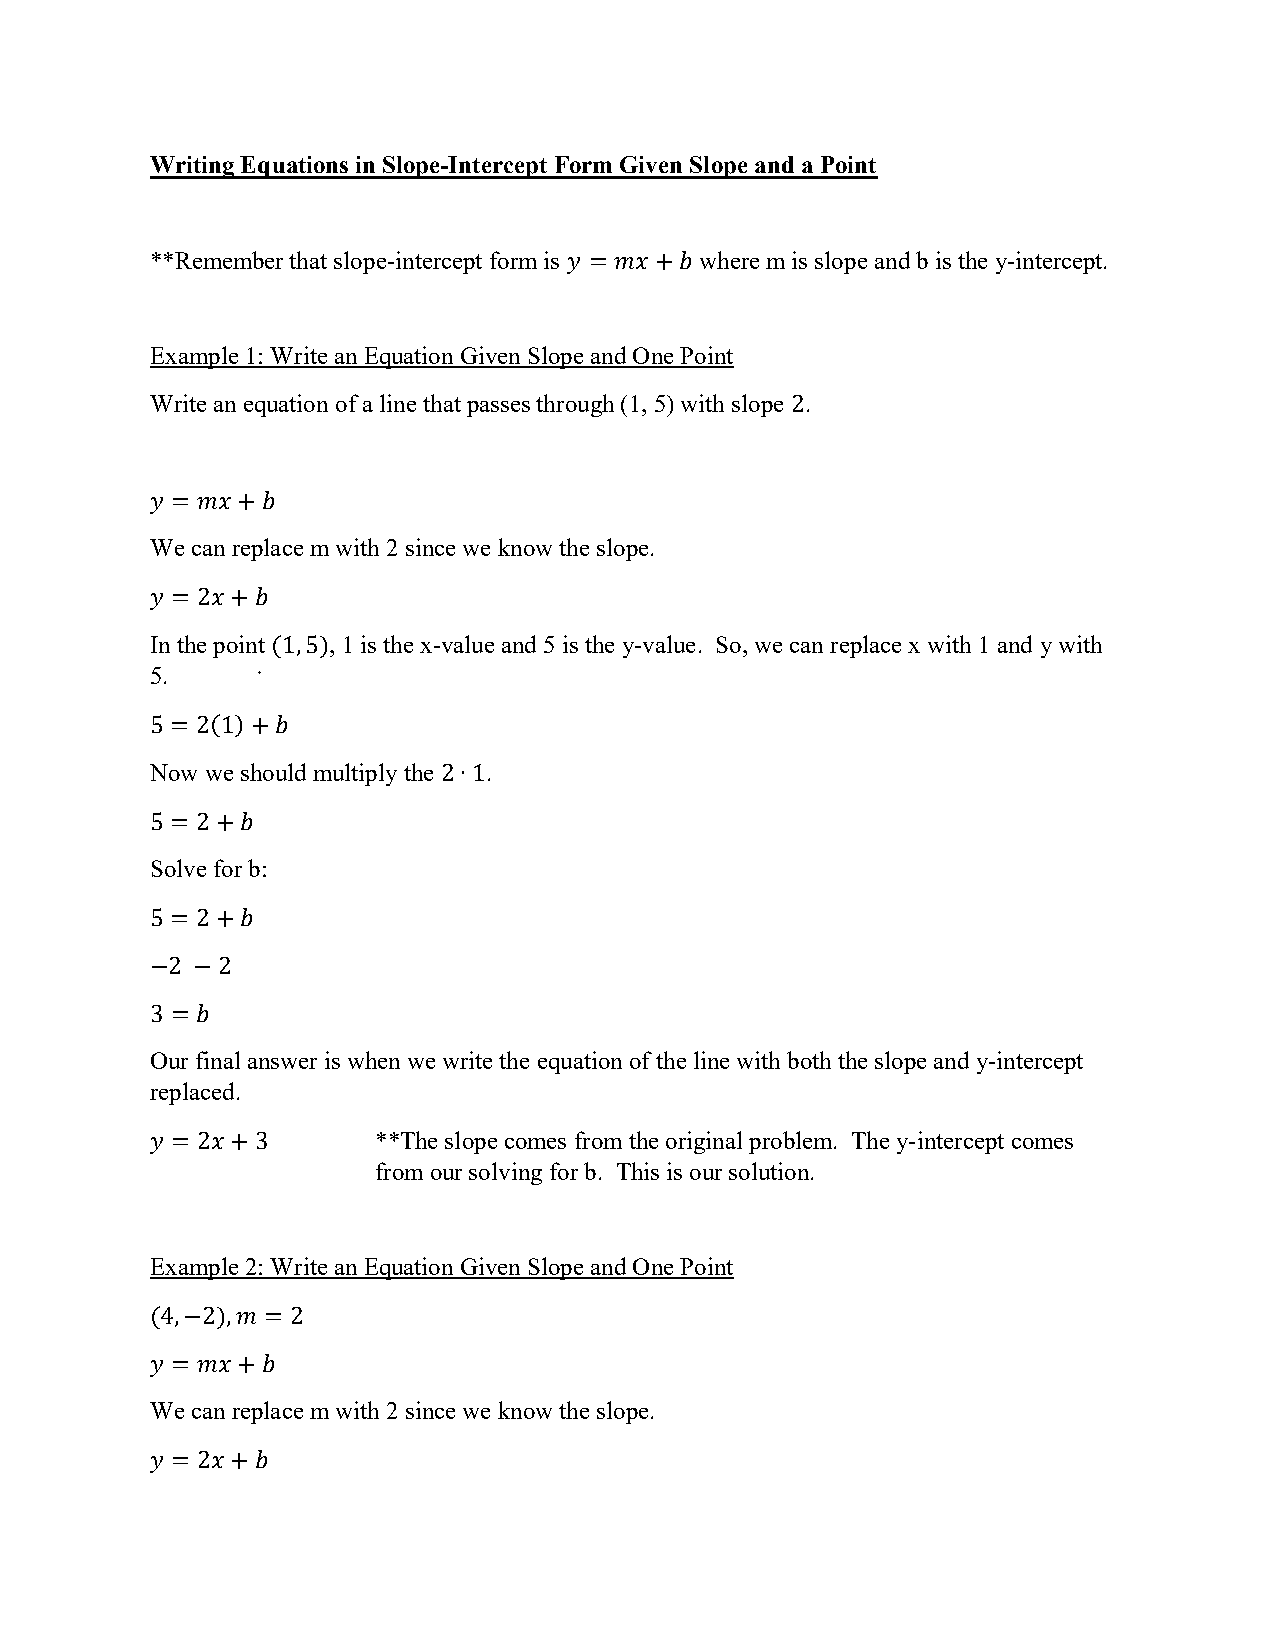
Writing Equations in Slope-Intercept Form Given Slope and a Point
 **Remember that slope-intercept form is 𝑦 = 𝑚𝑥 +𝑏 where m is slope and b is the y-intercept.
 Example 1: Write an Equation Given Slope and One Point
 Write an equation of a line that passes through (1, 5) with slope 2.
 𝑦 = 𝑚𝑥 +𝑏
 We can replace m with 2 since we know the slope.
 𝑦 = 2𝑥 +𝑏
 In the point (1,5), 1 is the x-value and 5 is the y-value. So, we can replace x with 1 and y with
 5.
 5 = 2(1)+𝑏
 Now we should multiply the 2∙1.
 5 = 2+𝑏
 Solve for b:
 5 = 2+𝑏
 −2 −2
 3 = 𝑏
 Our final answer is when we write the equation of the line with both the slope and y-intercept
 replaced.
 𝑦 = 2𝑥 +3      **The slope comes from the original problem. The y-intercept comes
 from our solving for b. This is our solution.
 Example 2: Write an Equation Given Slope and One Point
 (4,−2),𝑚 = 2
 𝑦 = 𝑚𝑥 +𝑏
 We can replace m with 2 since we know the slope.
 𝑦 = 2𝑥 +𝑏